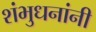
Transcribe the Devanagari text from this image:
शंभुधनांनी